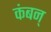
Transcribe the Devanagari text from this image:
कंबन्